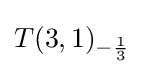
T(3,1)_{-{\frac {1}{3}}}